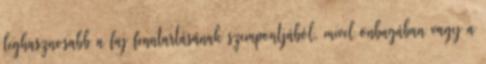
leghasznosabb a faj fenntartásának szempontjából, mivel önbagában vagy a